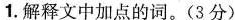
1.解释文中加点的词_(3分)